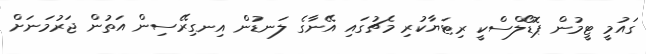
ގައުމީ ޓީމުން ޕޮޑޯލްސްކީ ރިޓަޔާކުރި މެޗުގައި އޭނާގެ ލަނޑުން އިނގިރޭސިން އަތުން ޖަރުމަނަށް